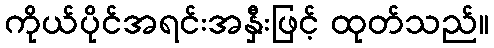
ကိုယ်ပိုင်အရင်းအနှီးဖြင့် ထုတ်သည်။